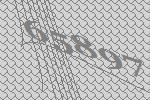
65897